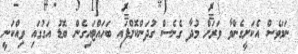
ނަމަވެސް އެކަށީގެންވާ ވަރަށް މުދާ ގެނެސް ގުދަންކޮށްފައި ބަހައްޓައިގެން ބޮޑު އަގުގައި ވިއްކަނީ